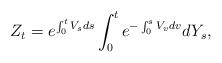
LaTeX: \begin{align*}Z_t=e^{\int_0^{t} V_sds }\int_0^t e^{-\int_0^{s} V_vdv }dY_s,\end{align*}